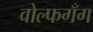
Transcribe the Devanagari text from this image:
वोल्फगँग